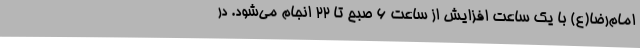
امام‌رضا(ع) با یک ساعت افزایش از ساعت 6 صبح تا 22 انجام می‌شود. در